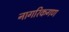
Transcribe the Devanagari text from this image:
नागरिकगण